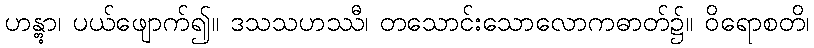
ဟန္တွာ၊ ပယ်ဖျောက်၍။ ဒသသဟဿီ၊ တသောင်းသောလောကဓာတ်၌။ ဝိရောစတိ၊